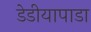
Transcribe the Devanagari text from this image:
डेडीयापाडा